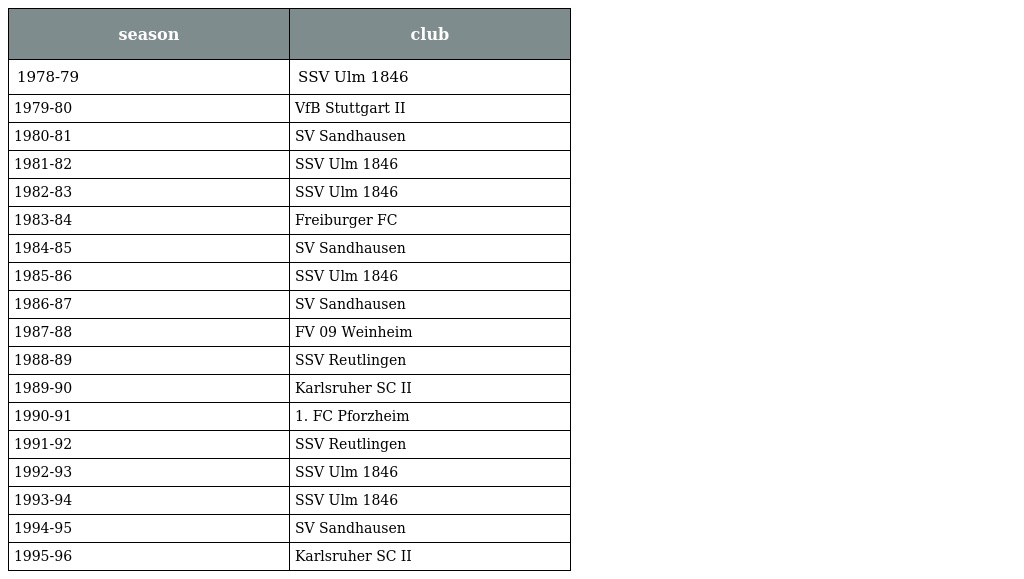
| season | club |
 | --- | --- |
 | 1978-79 | SSV Ulm 1846 |
 | 1979-80 | VfB Stuttgart II |
 | 1980-81 | SV Sandhausen |
 | 1981-82 | SSV Ulm 1846 |
 | 1982-83 | SSV Ulm 1846 |
 | 1983-84 | Freiburger FC |
 | 1984-85 | SV Sandhausen |
 | 1985-86 | SSV Ulm 1846 |
 | 1986-87 | SV Sandhausen |
 | 1987-88 | FV 09 Weinheim |
 | 1988-89 | SSV Reutlingen |
 | 1989-90 | Karlsruher SC II |
 | 1990-91 | 1. FC Pforzheim |
 | 1991-92 | SSV Reutlingen |
 | 1992-93 | SSV Ulm 1846 |
 | 1993-94 | SSV Ulm 1846 |
 | 1994-95 | SV Sandhausen |
 | 1995-96 | Karlsruher SC II |